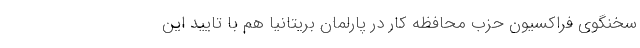
سخنگوی فراکسیون حزب محافظه کار در پارلمان بریتانیا هم با تایید این